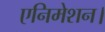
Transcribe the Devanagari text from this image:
एनिमेशन।